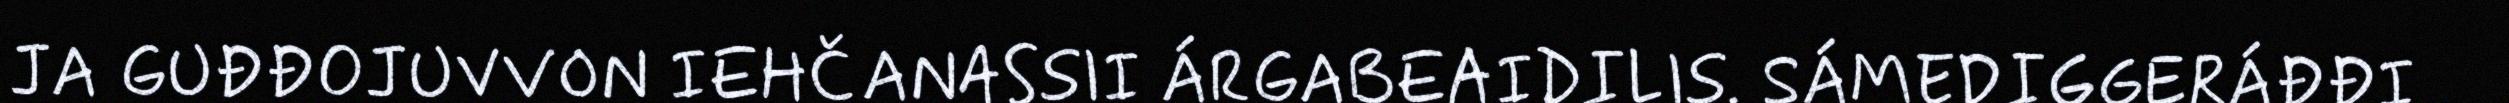
JA GUĐĐOJUVVON IEHČANASSII ÁRGABEAIDILIS. SÁMEDIGGERÁĐĐI